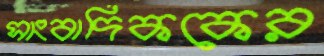
সাংবাদিককের